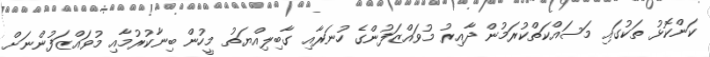
ކަންކޮޅު ތަކުގައި މަސައްކަތްކުރަމުން ދާއިރު މުވައްޒަފުންގެ ހުނަރާއި ގާބިލިއްޔަތު މީހުން ބިނާކުރުމާއި މުވައްޒަފުންނަށް